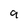
Character: 9